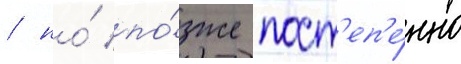
/ но́ по́зже пост'еп'е́нно